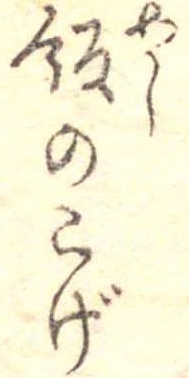
飯のこげ